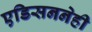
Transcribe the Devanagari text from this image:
एडिसननेही